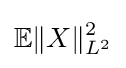
\mathbb {E} \|X\|_{L^{2}}^{2}